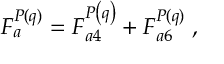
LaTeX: F _ { a } ^ { P ( q ) } = F _ { a 4 } ^ { P \left( q \right) } + F _ { a 6 } ^ { P ( q ) } \; ,